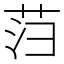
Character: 𰰻